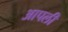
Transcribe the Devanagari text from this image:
आपलीं